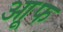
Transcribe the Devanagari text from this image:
आूफ